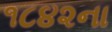
૧૮૪૨ના